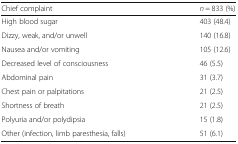
| Chief complaint | n = 833 (%) |
 | --- | --- |
 | High blood sugar | 403 (48.4) |
 | Dizzy, weak, and/or unwell | 140 (16.8) |
 | Nausea and/or vomiting | 105 (12.6) |
 | Decreased level of consciousness | 46 (5.5) |
 | Abdominal pain | 31 (3.7) |
 | Chest pain or palpitations | 21 (2.5) |
 | Shortness of breath | 21 (2.5) |
 | Polyuria and/or polydipsia | 15 (1.8) |
 | Other (infection, limb paresthesia, falls) | 51 (6.1) |